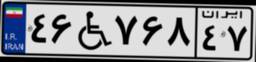
۴۶W۷۶۸۴۷